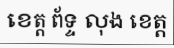
ខេត្ត ព័ទ្ទ លុង ខេត្ត